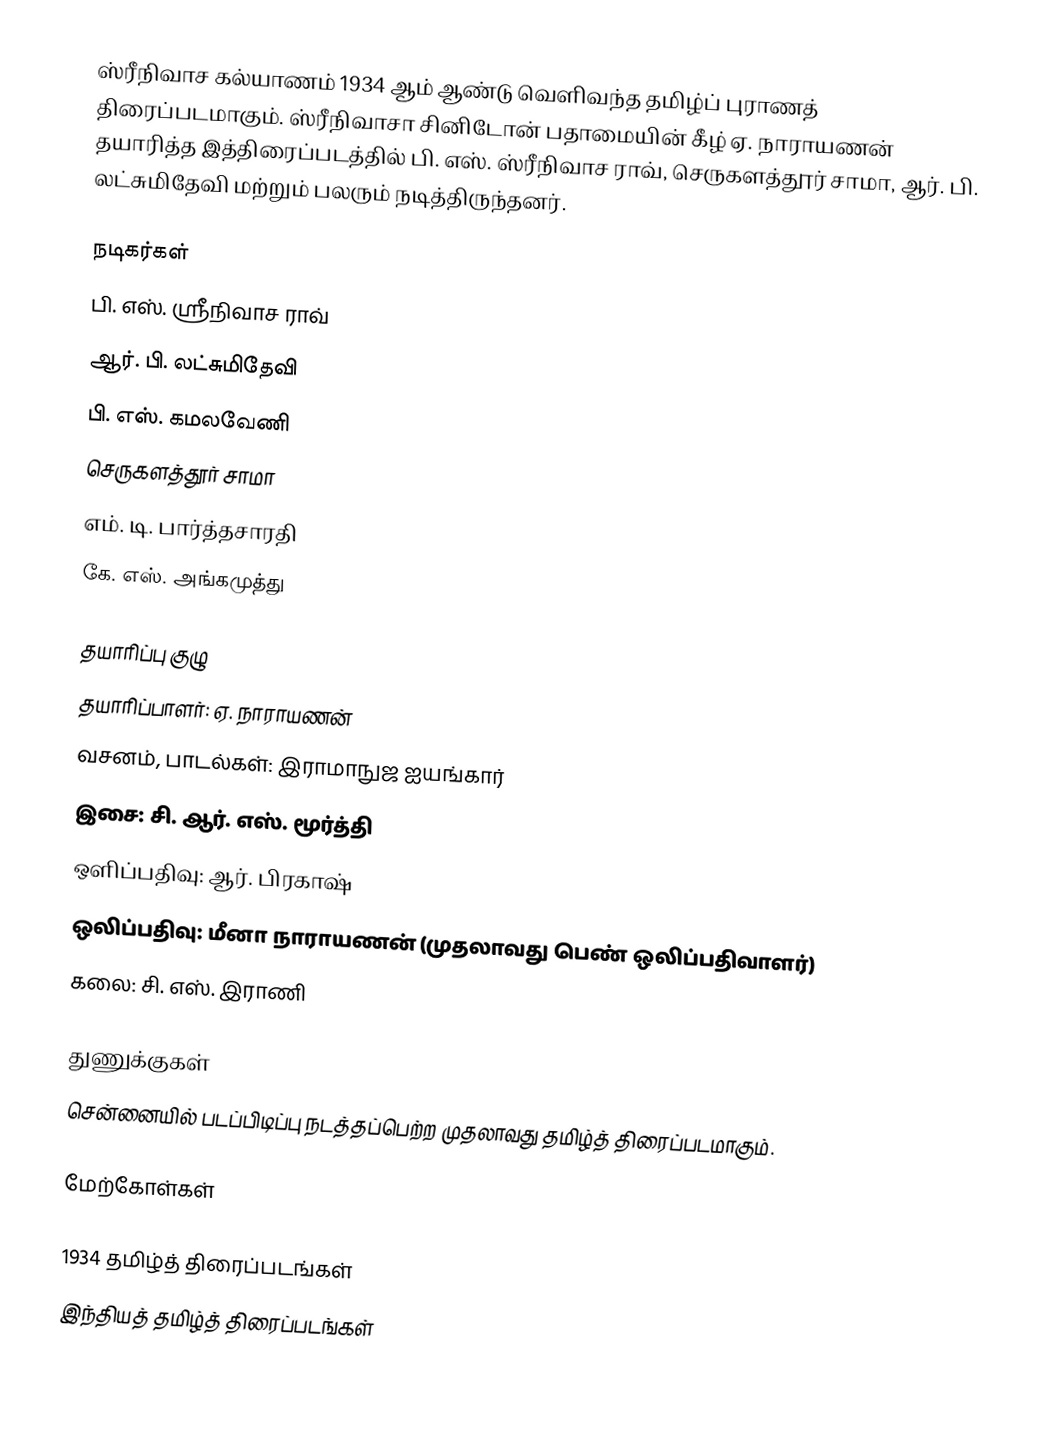
ஸ்ரீநிவாச கல்யாணம் 1934 ஆம் ஆண்டு வெளிவந்த தமிழ்ப் புராணத் திரைப்படமாகும். ஸ்ரீநிவாசா சினிடோன் பதாமையின் கீழ் ஏ. நாராயணன் தயாரித்த  இத்திரைப்படத்தில் பி. எஸ். ஸ்ரீநிவாச ராவ், செருகளத்தூர் சாமா, ஆர். பி. லட்சுமிதேவி மற்றும் பலரும் நடித்திருந்தனர்.

நடிகர்கள்
பி. எஸ். ஸ்ரீநிவாச ராவ்
ஆர். பி. லட்சுமிதேவி
பி. எஸ். கமலவேணி
செருகளத்தூர் சாமா
எம். டி. பார்த்தசாரதி
கே. எஸ். அங்கமுத்து

தயாரிப்பு குழு
தயாரிப்பாளர்: ஏ. நாராயணன்
வசனம், பாடல்கள்: இராமாநுஜ ஐயங்கார்
இசை: சி. ஆர். எஸ். மூர்த்தி
ஒளிப்பதிவு: ஆர். பிரகாஷ்
ஒலிப்பதிவு: மீனா நாராயணன் (முதலாவது பெண் ஒலிப்பதிவாளர்)
கலை: சி. எஸ். இராணி

துணுக்குகள்
 சென்னையில் படப்பிடிப்பு நடத்தப்பெற்ற முதலாவது தமிழ்த் திரைப்படமாகும்.

மேற்கோள்கள்

1934 தமிழ்த் திரைப்படங்கள்
இந்தியத் தமிழ்த் திரைப்படங்கள்